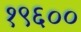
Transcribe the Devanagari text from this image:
१९६००